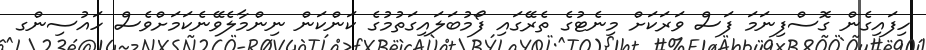
ހިފައިގެން ގޮސްފިނަމަ ފަސް ވަރަކަށް މިނެޓުގެ ތެރޭގައި ފޯމުބަލައިގަތުމުގެ ކަންކަން ނިންމާލެވޭނެކަމަށްވެސް ހައުސިންގ